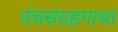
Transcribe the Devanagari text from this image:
पंचसंग्रहगाथा